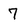
Character: 7